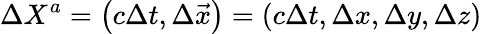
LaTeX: \Delta X^{a}=\left(c\Delta t,\Delta{\vec{x}}\right)=(c\Delta t,\Delta x,\Delta y,\Delta z)